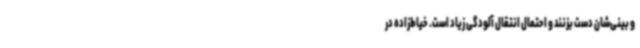
و بینی‌شان دست بزنند و احتمال انتقال آلودگی زیاد است. خیاط‌زاده در